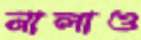
নালাও